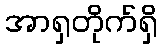
အာရှတိုက်ရှိ